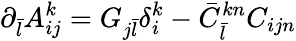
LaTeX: \partial_{\bar{l}}A_{ij}^{k}=G_{j{\bar{l}}}\delta_{i}^{k}-{\bar{C}}_{\bar{l}}^{kn}C_{ijn}